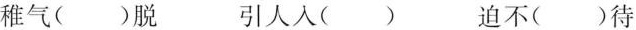
稚气()脱 引人人() 迫不()待